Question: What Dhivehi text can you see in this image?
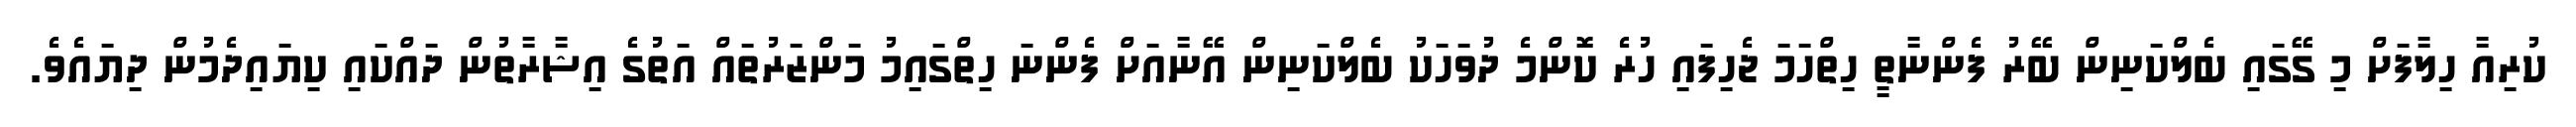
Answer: ކުރިއާ ހިލާފަށް މި ގޭގައި ބެލްކަނިން ބޭރު ފެންނާތީ ހިތްހަމަ ޖެހިފައި ހުރެ ކޮންމެ ދުވަހަކު ބެލްކަނިން އޭނާއަށް ފެންނަ ހިތްގައިމު މަންޒަރުތައް އަތުގެ އިޝާރާތުން ދައްކައި ކިޔައިދެމުން ދިޔައެވެ.